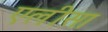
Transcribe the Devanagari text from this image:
एलीसा